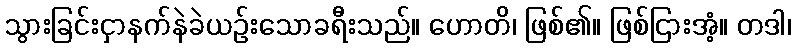
သွားခြင်းငှာနက်နဲခဲယဉ်းသောခရီးသည်။ ဟောတိ၊ ဖြစ်၏။ ဖြစ်ငြားအံ့။ တဒါ၊